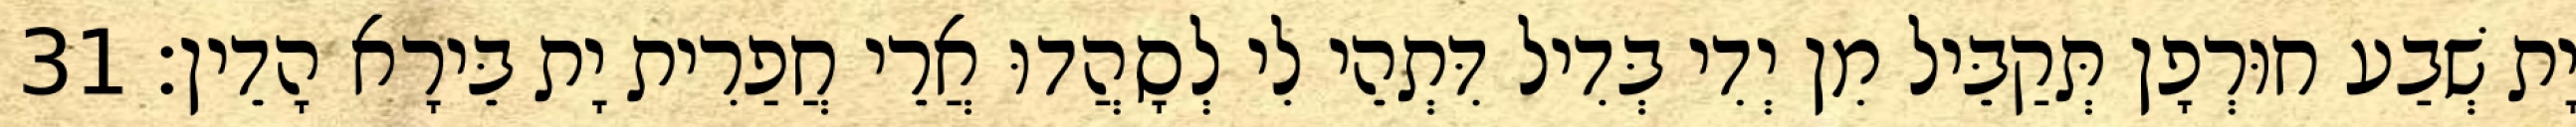
יָת שְׁבַע חוּרְפָן תְּקַבֵּיל מִן יְדִי בְּדִיל דִּתְהֵי לִי לְסָהֲדוּ אֲרֵי חֲפַרִית יָת בֵּירָא הָדֵין׃ 31